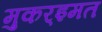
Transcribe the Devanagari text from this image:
मुकर्‍इमत